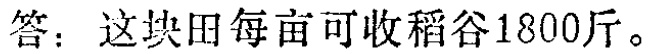
答：这块田每亩可收稻谷1800斤。